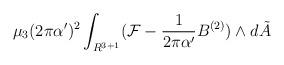
LaTeX: \begin{align*}\mu_3 (2\pi\alpha^\prime)^2\int_{R^{3+1}}({\cal F}-\frac{1}{2\pi\alpha^\prime}B^{(2)})\wedge d{\tilde A}\end{align*}